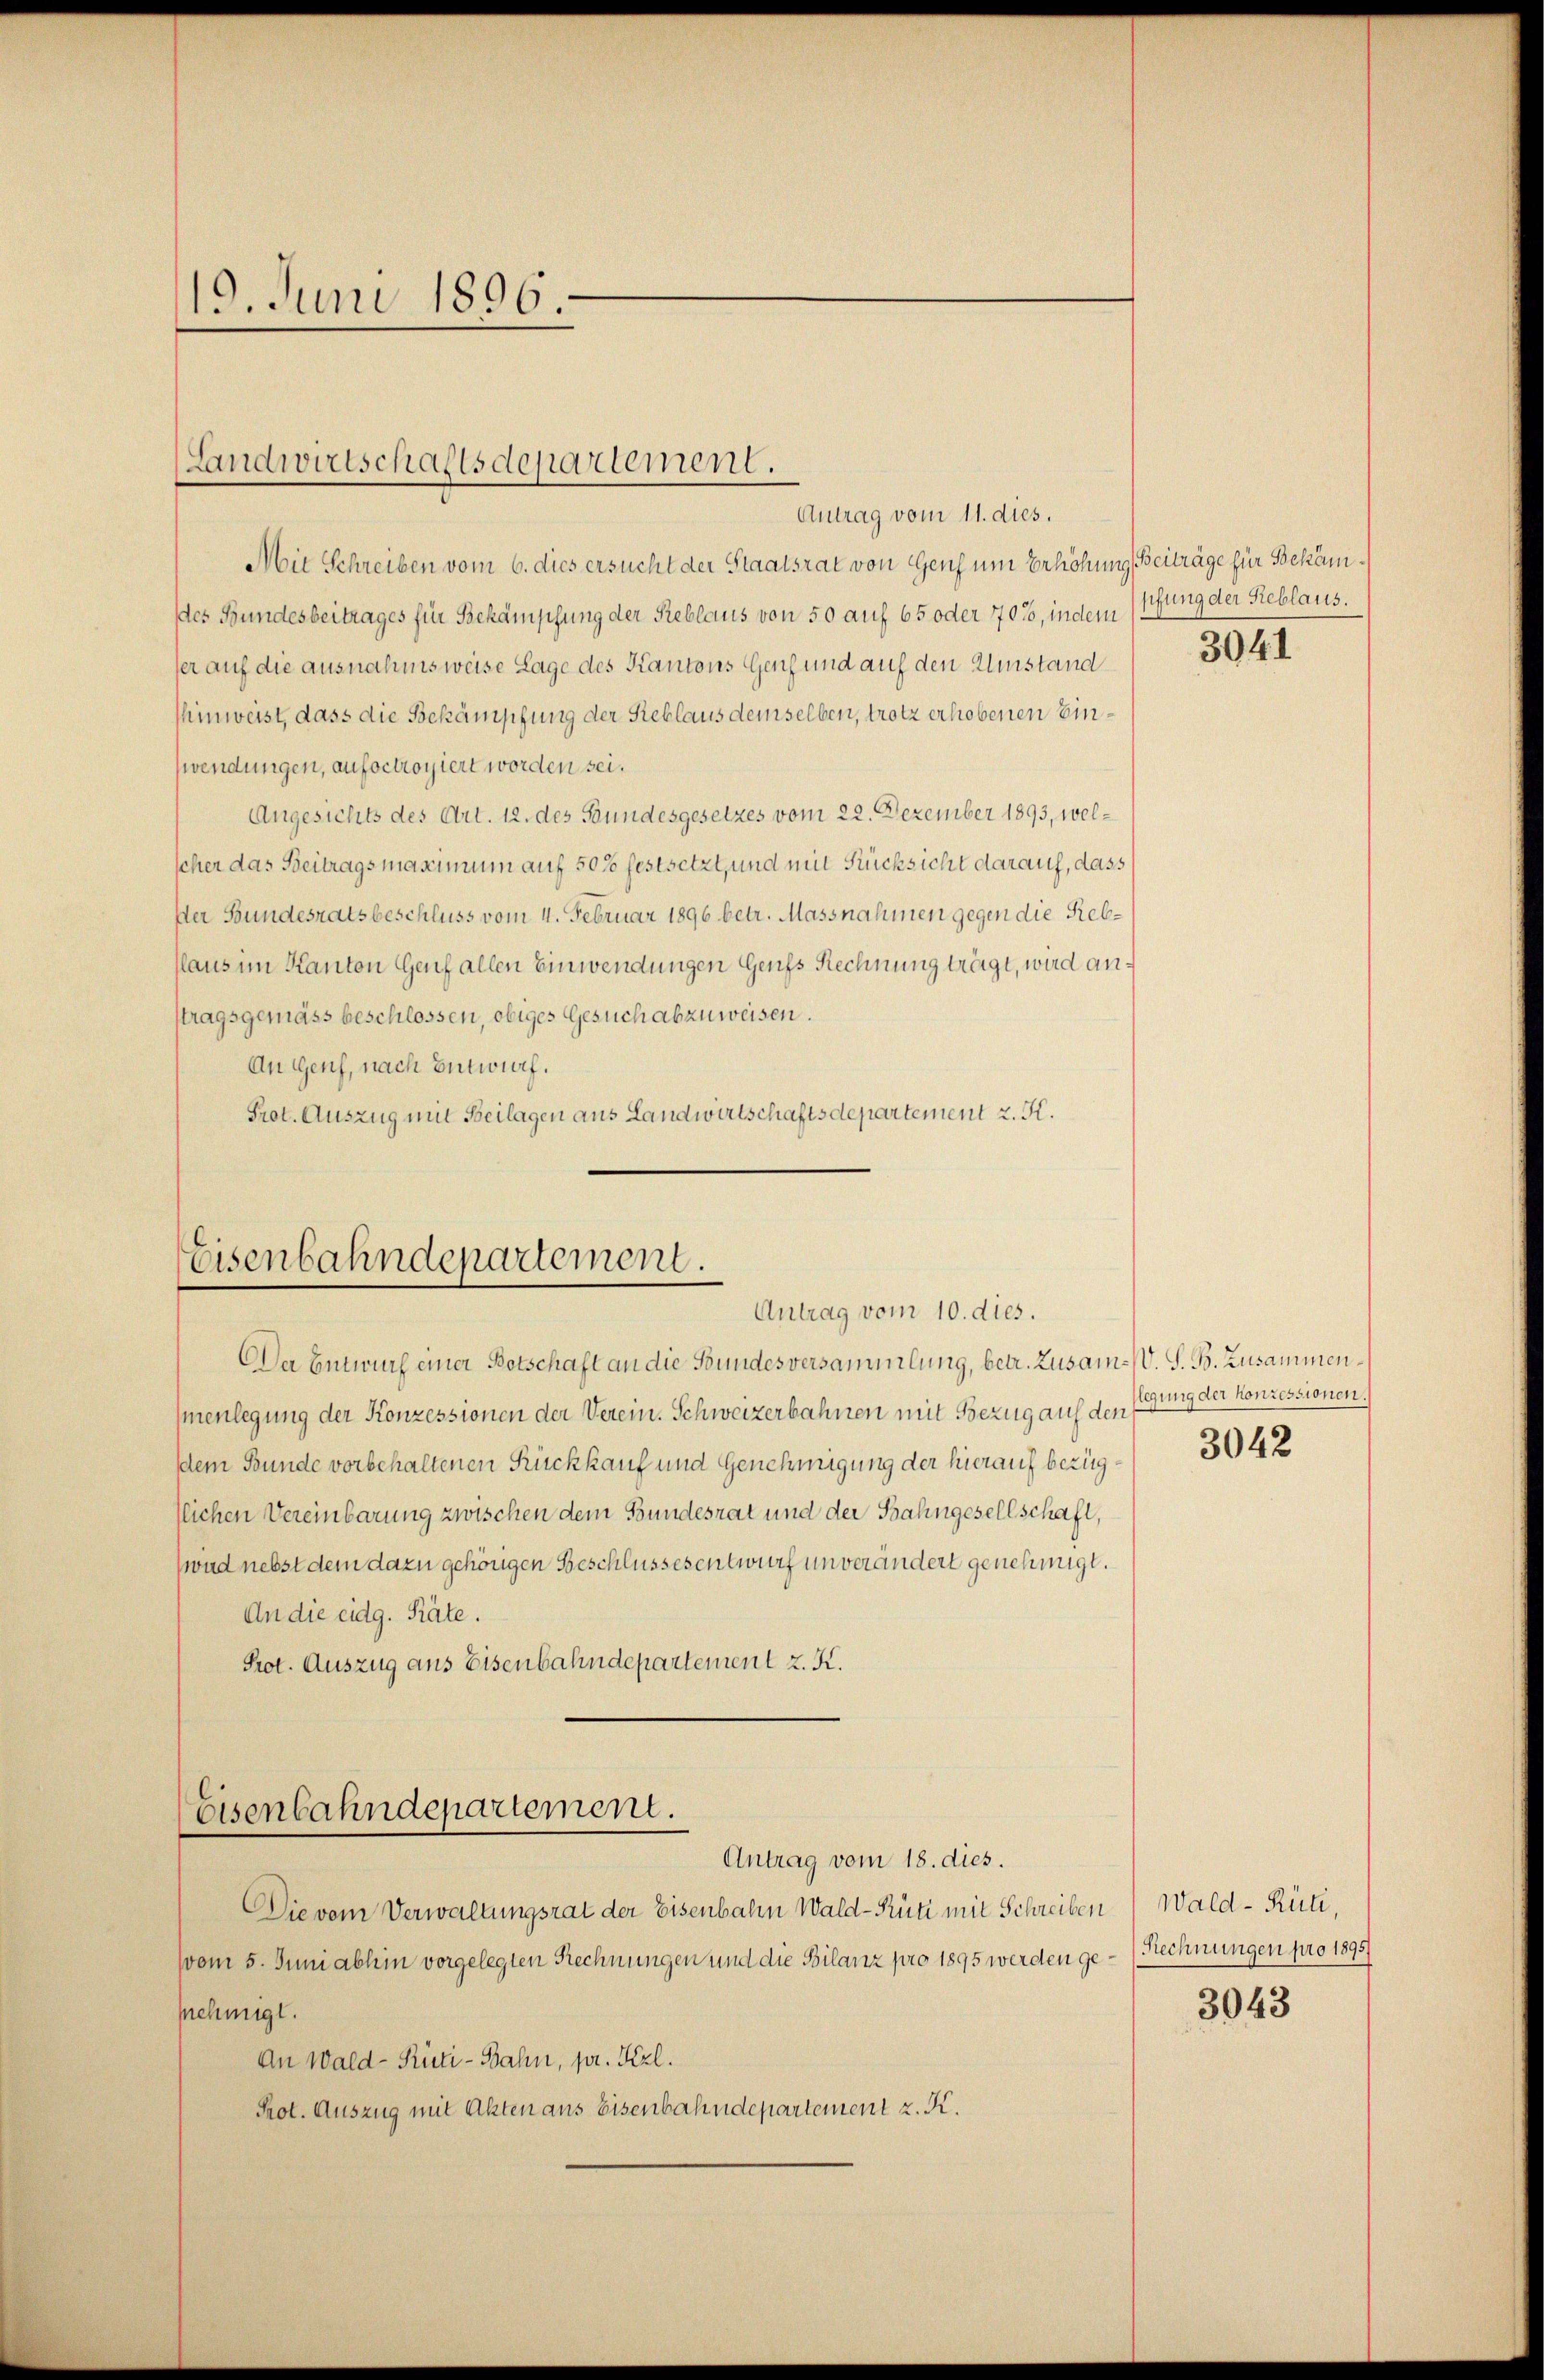
19. Juni 1896.

Landwirtschaftsdepartement.
Antrag vom 11. dies.

Mit Schreiben vom 6. dies ersucht der Staatsrat von Genf um Erhöhung Beiträge für Bekämdes Bundesbeitrages für Bekämpfung der Reblaus von 50 auf 65 oder 705, indem
ser auf die ausnahmsweise Lage des Kantons Genf und auf den Umstand
hinweist, dass die Bekämpfung der Reblaus demselben, trotz erhobenen Einwendungen, aufoctroyiert worden sei.
Angesichts des Art. 12. des Bundesgesetzes vom 22. Dezember 1893, welscher das Beitragsmassimum auf 500 festsetzt, und mit Rücksicht darauf, dass
ser Bundesratsbeschluss vom 4. Februar 1896 betr. Massnahmen gegen die Reblaus im Kanton Genf allen Einwendungen Genfs Rechnung trägt, wird anstragsgemäss beschlossen, obiges Gesuch abzuweisen.
An Genf, nach Entwurf.
Prot. Auszug mit Beilagen aus Landwirtschaftsdepartement z. K.

Eisenbahndepartement.
Antrag vom 10. dies.

Da Entwurf einer Botschaft an die Bundesversammlung, betr. Zusam-V. S. B. Zusammenmenlegung der Konzessionen der Verein. Schweizerbahnen mit Bezug auf den
dem Bunde vorbehaltenen Rückkauf und Genehmigung der hierauf bezügtlichen Vereinbarung zwischen dem Bundesrat und der Bahngesellschaft,
wud nebst dem dazu gehörigen Beschlussesentwurf unverändert genehmigt.
An die eidg. Räte.
Prot. Auszug aus Eisenbahndepartement z. K.

Eisenbahndepartement.
Antrag vom 18. dies.

Die vom Verwaltungsrat der Eisenbahn Wald–Rüti mit Schreiben, Wald–Rüti,
vom 5. Juni abhin vorgelegten Rechnungen und die Bilanz pro 1895 werden gesnehmigt.
An Wald–Rüti-Bahn, pr. Fizl.
Prot. Auszug mit Akten aus Eisenbahndepartement z. K.

sifung der Sieblaus.

3041

legung der Konzessionen.

3042

(Rechnungen pro 1895.

3043